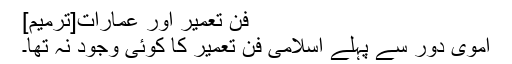
فن تعمیر اور عمارات[ترمیم]
اموی دور سے پہلے اسلامی فن تعمیر کا کوئی وجود نہ تھا۔